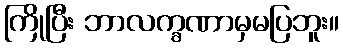
ကြိုပြီး ဘာလက္ခဏာမှမပြဘူး။